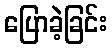
ပြောခဲ့ခြင်း